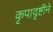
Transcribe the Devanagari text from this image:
कृपादृष्टीने